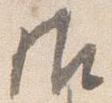
御